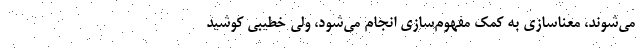
می‌شوند، معناسازی به کمک مفهوم‌سازی انجام می‌شود، ولی خطیبی کوشید